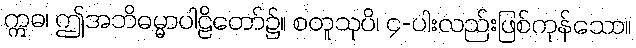
ဣဓ၊ ဤအဘိဓမ္မာပါဠိတော်၌။ စတူသုပိ၊ ၄-ပါးလည်းဖြစ်ကုန်သော။